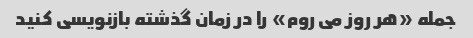
جمله «هر روز می روم» را در زمان گذشته بازنویسی کنید